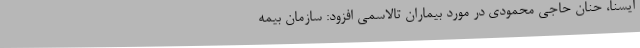
ایسنا، حنان حاجی محمودی در مورد بیماران تالاسمی افزود: سازمان بیمه